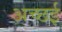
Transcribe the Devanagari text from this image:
अच्छई